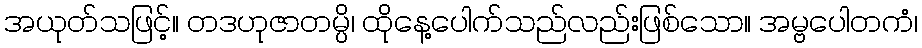
အယုတ်သဖြင့်။ တဒဟုဇာတမ္ပိ၊ ထိုနေ့ပေါက်သည်လည်းဖြစ်သော။ အမ္ဗပေါတကံ၊